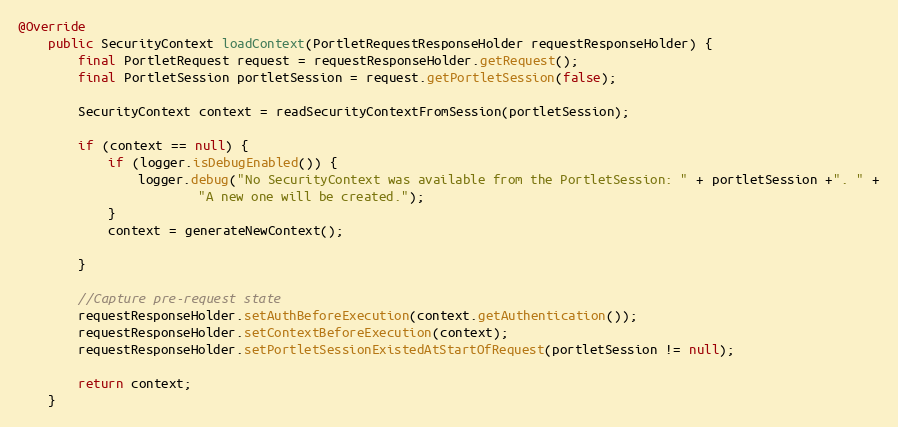
Language: Java
@Override
    public SecurityContext loadContext(PortletRequestResponseHolder requestResponseHolder) {
        final PortletRequest request = requestResponseHolder.getRequest();
        final PortletSession portletSession = request.getPortletSession(false);

        SecurityContext context = readSecurityContextFromSession(portletSession);

        if (context == null) {
            if (logger.isDebugEnabled()) {
                logger.debug("No SecurityContext was available from the PortletSession: " + portletSession +". " +
                        "A new one will be created.");
            }
            context = generateNewContext();

        }

        //Capture pre-request state
        requestResponseHolder.setAuthBeforeExecution(context.getAuthentication());
        requestResponseHolder.setContextBeforeExecution(context);
        requestResponseHolder.setPortletSessionExistedAtStartOfRequest(portletSession != null);

        return context;
    }